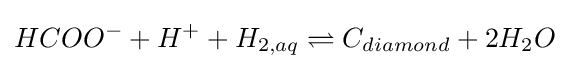
HCOO^{-}+H^{+}+H_{2,aq}\rightleftharpoons C_{diamond}+2H_{2}O